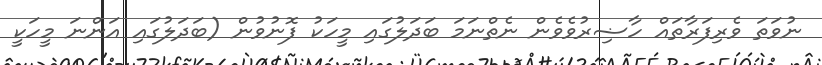
ނުވަތަ ވެރިފަރާތައް ހާޟިރުވެވެން ނެތްނަމަ ބަދަލުގައި މީހަކު ފޮނުވުން (ބަދަލުގައި އަންނަ މީހަކީ